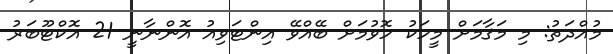
މުއްދަތު: މި މަޤާމަށް މީހަކު ހޮވުމަށް ބޭއްވޭ އިންޓަވިއު އޮންނާނީ 21 އޮކްޓޫބަރު